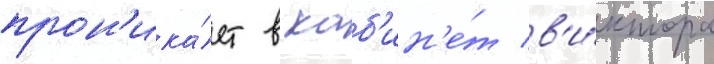
прон'ика́ет в каб'ин'е́т в'и́ктора